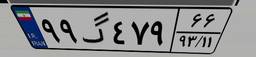
۲۶گ۲۹۹۵۵